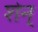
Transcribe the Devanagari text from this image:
शेन्